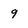
Character: 9